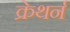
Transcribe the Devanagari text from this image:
क्रेथर्न